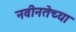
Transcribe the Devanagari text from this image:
नवीनतेच्या